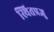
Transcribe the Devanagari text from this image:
स्थितप्रज्ञु